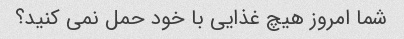
شما امروز هیچ غذایی با خود حمل نمی کنید؟